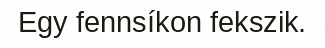
Egy fennsíkon fekszik.